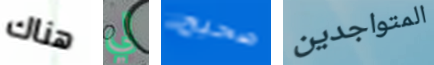
هناك لي صحيح المتواجدين